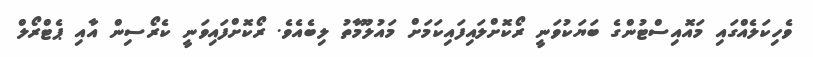
ވެހިކަލެއްގައި މައޮއިސްޓުންގެ ބަޔަކުވަނީ ރޯކޮށްލައިފައިކަމަށް މައުލޫމާތު ލިބެއެވެ. ރޯކޮށްފައިވަނީ ކެރޯސިން އާއި ޕެޓްރޯލް